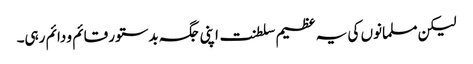
لیکن مسلمانوں کی یہ عظیم سلطنت اپنی جگہ بدستور قائم و دائم رہی۔